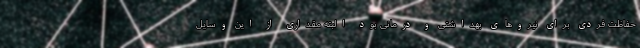
حفاظت فردی برای نیروهای بهداشتی و درمانی بود البته مقداری از این وسایل